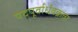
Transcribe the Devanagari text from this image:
पदपूर्वार्धवक्रता